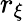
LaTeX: r_{\xi}